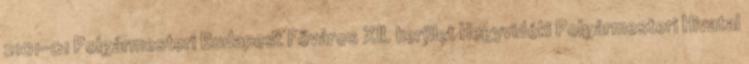
2101-01 Polgármesteri Budapest Főváros XII. kerület Hegyvidéki Polgármesteri Hivatal